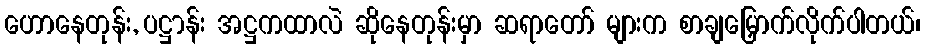
ဟောနေတုန်း, ပဋ္ဌာန်း အဋ္ဌကထာလဲ ဆိုနေတုန်းမှာ ဆရာတော် များက စာချမြှောက်လိုက်ပါတယ်၊